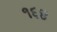
૧૬૪